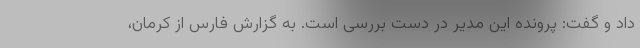
داد و گفت: پرونده این مدیر در دست بررسی است. به گزارش فارس از کرمان،